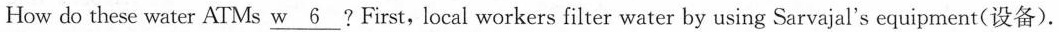
How do these water AT Ms \underline{w 6}?First, local workers filter water by using Sarvajal's equipment(设备).